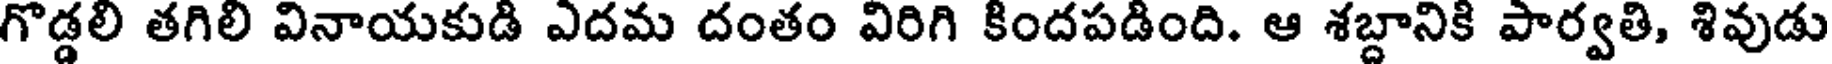
గొడ్డలి తగిలి వినాయకుడి ఎదమ దంతం విరిగి కిందపడింది. ఆ శబ్దానికి పార్వతి, శివుడు